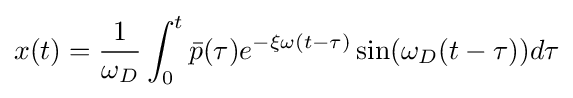
x(t)={\frac {1}{\omega _{D}}}\int _{0}^{t}{{\bar {p}}(\tau )e^{-\xi \omega (t-\tau )}\sin(\omega _{D}(t-\tau ))d\tau }